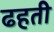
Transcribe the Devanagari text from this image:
ढहती